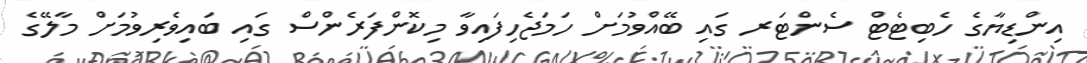
އިންޑިޔާގެ ހެބިޓެޓް ސެންޓަރ ގައި ބޭއްވުމަށް ހަމަޖެހިފައިވާ މިކޮންފަރެންސް ގައި ބައިވެރިވުމަށް މާލޭގެ